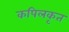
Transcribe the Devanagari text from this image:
कपिलकृत